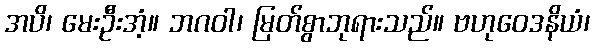
အပိ၊ မေးဦးအံ့။ ဘဂဝါ၊ မြတ်စွာဘုရားသည်။ ဗဟုဝေဒနိယံ၊